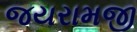
જયરામજી